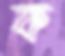
ক